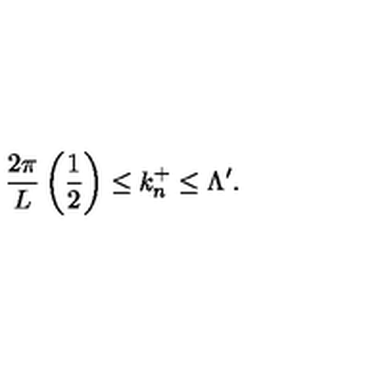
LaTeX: \frac { 2 \pi } { L } \left( \frac { 1 } { 2 } \right) \leq k _ { n } ^ { + } \leq \Lambda ^ { \prime } .